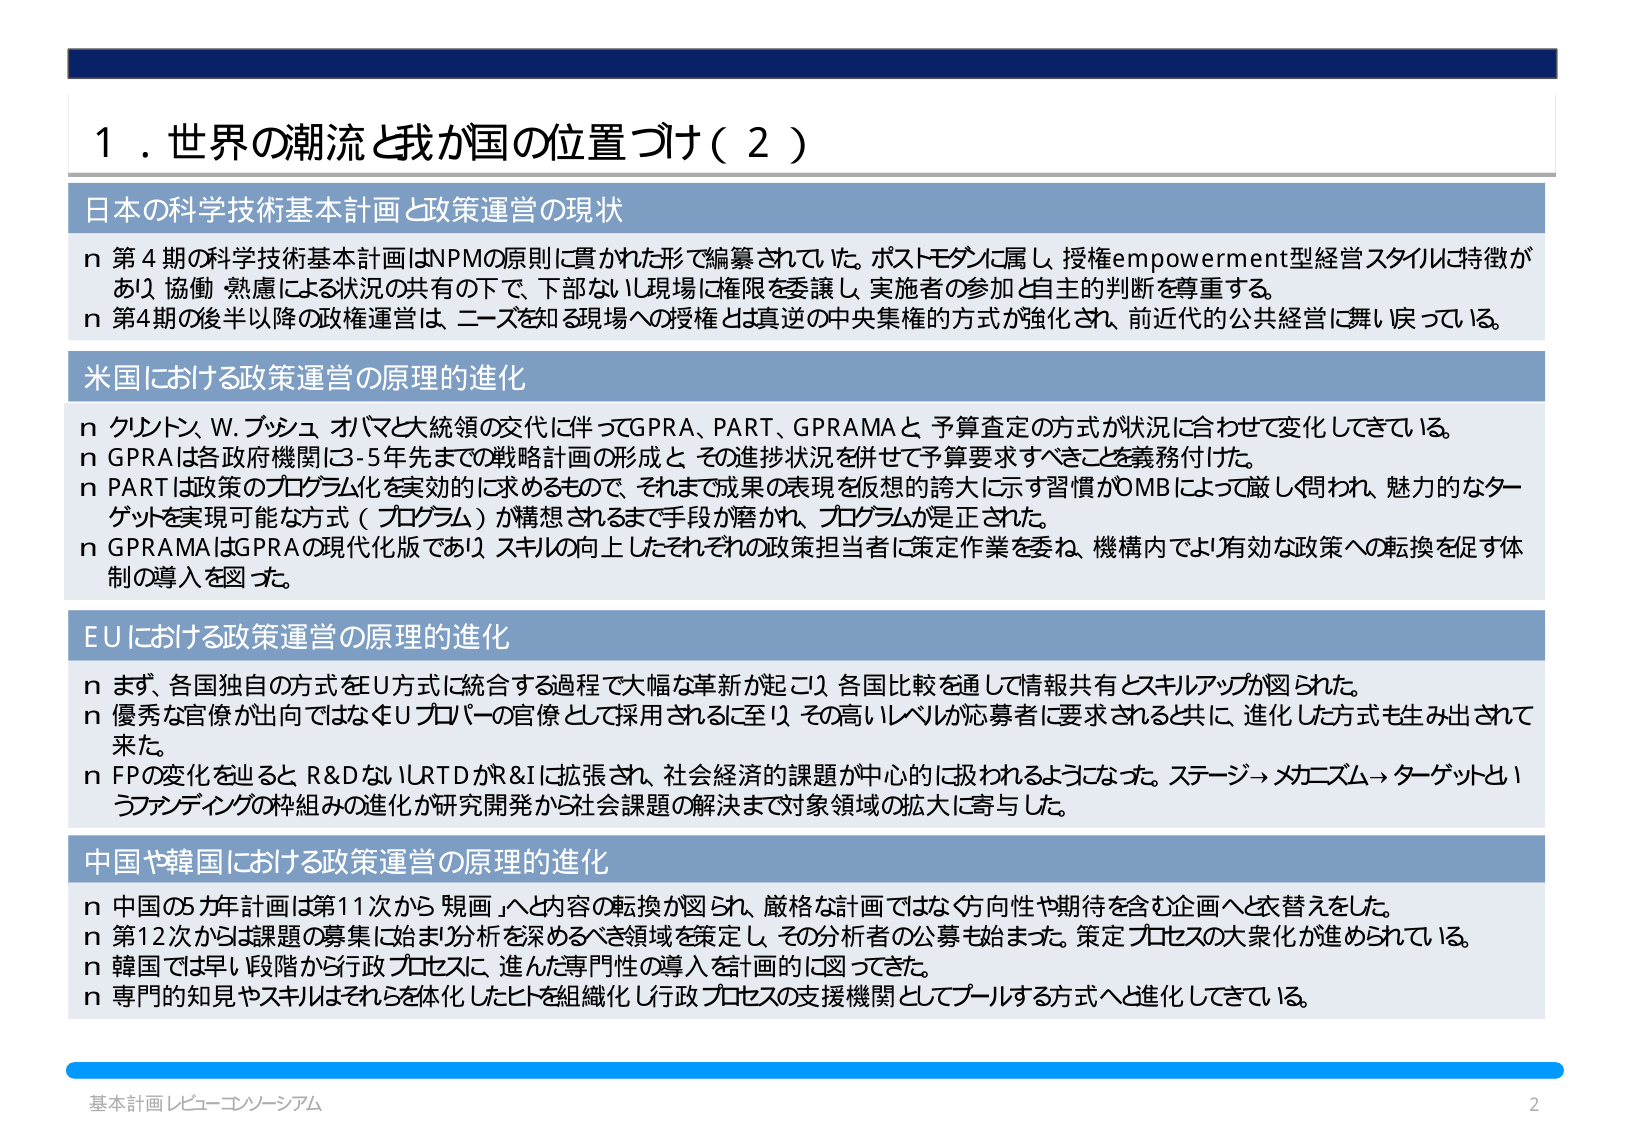
1．世界の潮流と我が国の位置づけ（2）

日本の科学技術基本計画と政策運営の現状
n 第4期の科学技術基本計画はNPMの原則に貫かれた形で編纂されていた。ポストモダンに属し、授権empowerment型経営スタイルに特徴があり、協働・熟慮による状況の共有の下で、下部ないし現場に権限を委譲し、実施者の参加と自主的判断を尊重する。
n 第4期の後半以降の政権運営は、ニーズを知る現場への授権とは真逆の中央集権的方式が強化され、前近代的公共経営に舞い戻っている。

米国における政策運営の原理的進化
n クリントン、W.ブッシュ、オバマと大統領の交代に伴ってGPRА、PART、GPRAMAと、予算査定の方式が状況に合わせて変化してきている。
n GPRАは各政府機関に3-5年先までの戦略計画の形成と、その進捗状況を併せて予算要求すべきことを義務付けた。
n PARTは政策のプログラム化を実効的に求めるもので、それまで成果の表現を仮想的誇大に示す習慣がOMBによって厳しく問われ、魅力的なターゲットを実現可能な方式（プログラム）が構想されるまで手段が磨かれ、プログラムが是正された。
n GPRAMAはGPRАの現代化版であり、スキルの向上したそれぞれの政策担当者に策定作業を委ね、機構内でのより有効な政策への転換を促す体制の導入を図った。

EUにおける政策運営の原理的進化
n まず、各国独自の方式をEU方式に統合する過程で大幅な革新が起こり、各国比較を通じて情報共有とスキルアップが図られた。
n 優秀な官僚が出国ではなくEUプロパーの官僚として採用されるに至り、その高いレベルが応募者に要求されると共に、進化した方式も生み出されて来た。
n FPの変化を辿ると、R&DないしRTDがR&Iに拡張され、社会経済的課題が中心的に扱われるようになった。ステージ→メカニズム→ターゲットというファンディングの枠組みの進化が研究開発から社会課題の解決まで対象領域の拡大に寄与した。

中国や韓国における政策運営の原理的進化
n 中国の5カ年計画は第11次から「規画」へと内容の転換が図られ、厳格な計画ではなく方向性や期待を含む企画へと衣替えをした。
n 第12次からは課題の募集に始まり分析を深めるべき領域を策定し、その分析者の公募も始まった。策定プロセスの大衆化が進められている。
n 韓国では早い段階から行政プロセスに、進んだ専門性の導入を計画的に図ってきた。
n 専門的知見やスキルはそれらを体化したヒトを組織化し行政プロセスの支援機関としてプールする方式へと進化してきている。

基本計画レビュー・コンソーシアム
2